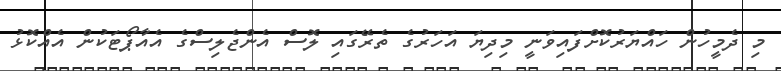
މި ދެމީހުން ހައްޔަރުކޮށްފައިވަނީ މިދިޔަ އަހަރުގެ ތެރޭގައި ލޮސް އެންޖެލިސްގެ އެއާޕޯޓަކުން އެއްކޮޅު